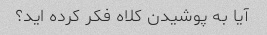
آیا به پوشیدن کلاه فکر کرده اید؟